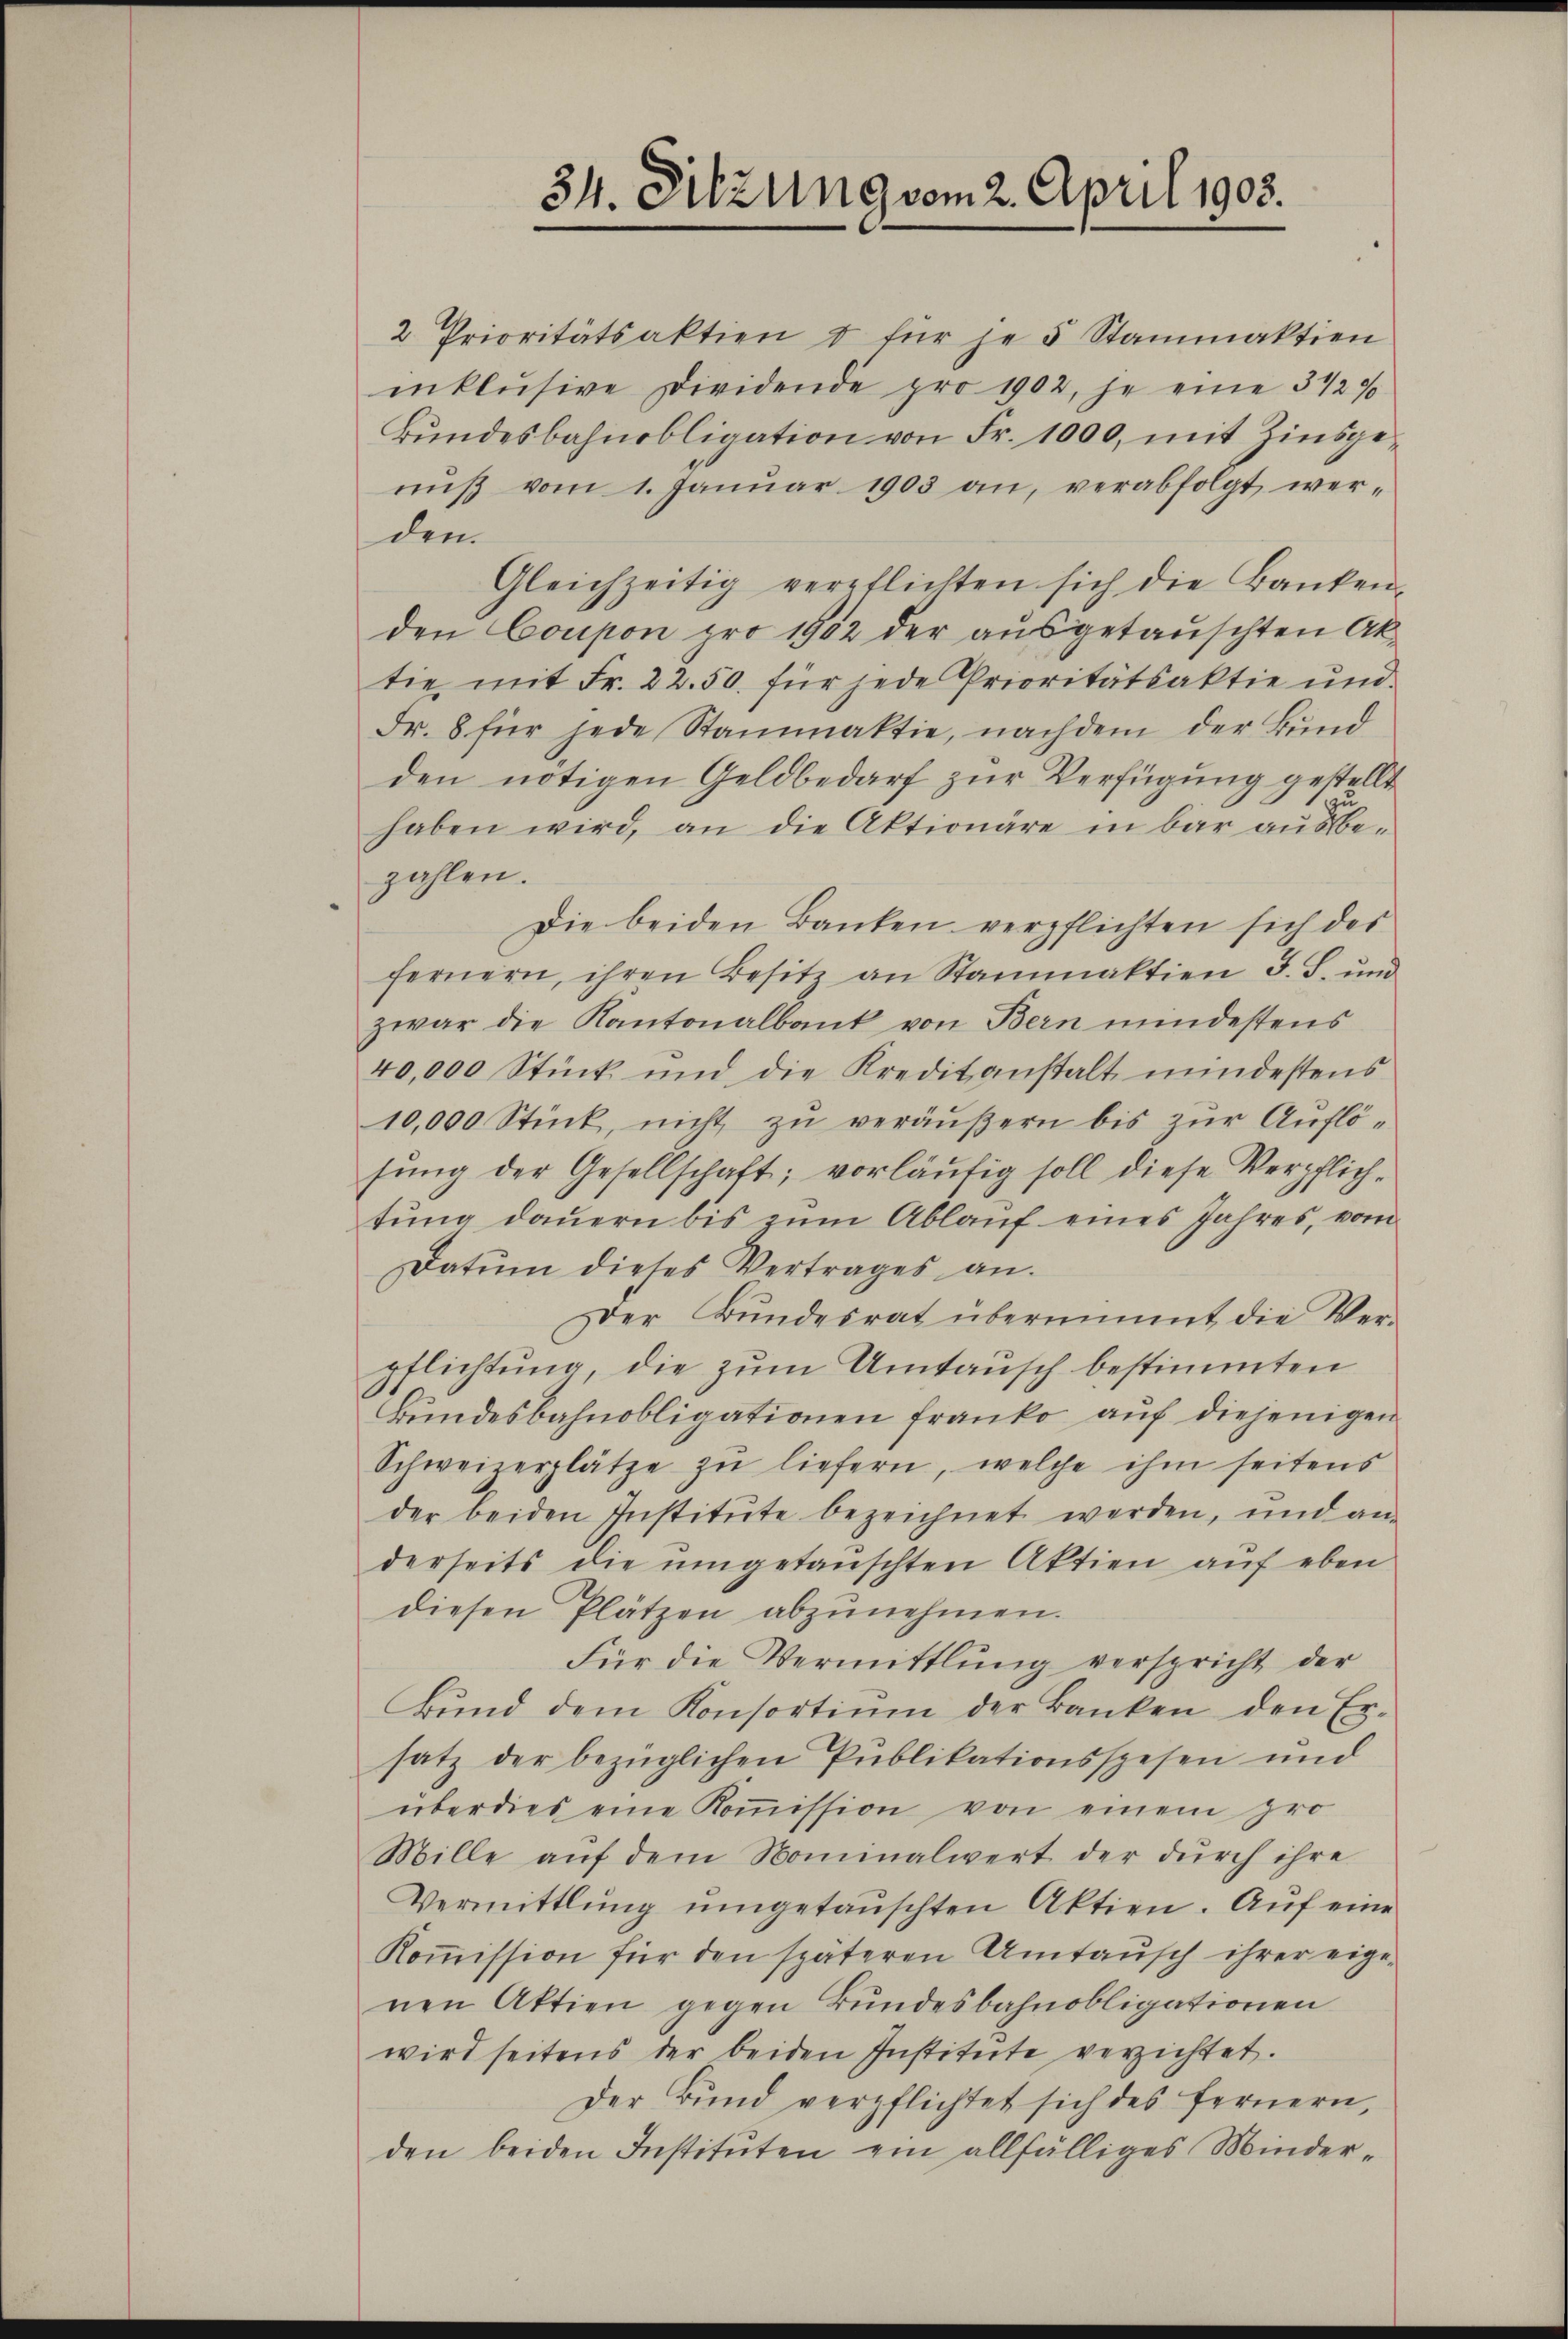
niß vom 1. Januar 1903 an, verabfolgt werden.
Gleichzeitig verpflichten sich die Banken-
den Coupon pro 1902 der ausgetauschten Aktie mit Fr. 22.50. für jede Prioritätsaktie und
Fr. 8 für jede Stanaktie, nachdem der Bund
den nötigen Geldbedarf zur Verfügung gestellt
haben wird, an die Aktionäre in bar ausbezahlen.
Die beiden Banken verpflichten sich des
fernern, ihren Besitz an Stammaktion J. S. und
zwar die Kantonalbank von Bern mindestens
40,000 Stück und die Kreditanstalt mindestens
10,000 Stück, nicht zŭ veräŭβern bis zŭr Auflösŭng der Gesellschaft; vorläufig soll diese Verpflichtung dauern bis zum Ablauf eines Jahres, vom
Datŭm dieses Vertrages an.
Der Bundesrat übernimmt die Ver-
pflichtung die zum Umtausch bestimmten
Bundesbahnobligationen franko auf diejenigen
Schweizerplätze zu liefern, welche ihm seitens
der beiden Institŭte bezeichnet werden, und an-
derseits die umgetanschten Aktien auf eben
diesen Plätzen abzŭnehmen.
Für die Vermittlung verspricht der
Bŭnd dem Konsortiŭm der Banken den Er-
satz der bezüglichen Publikationsspesen und
überdies eine Koṁission von einem pro
Mille aŭf dem Nominalwert der dŭrch ihre
Vermittlŭng ŭmgetaŭschten Aktien. Aŭf eine
Koṁission für den späteren Umtausch ihrer eige-
nen Aktien gegen Bundesbahnobligationen
wird seitens der beiden Institute verzichtet.
Der Bund verpflichtet sich des fernern,
den beiden Instituten ein allfälliges Minder¬

2 Prioritätsaktien & für je 5 Stammaktien
inklŭsive Dividende pro 1902, je eine 3 1/2%
Bundesbahnobligation von Fr. 1000, mit Zinsge¬

34. Sitzung vom 2. April 1903.